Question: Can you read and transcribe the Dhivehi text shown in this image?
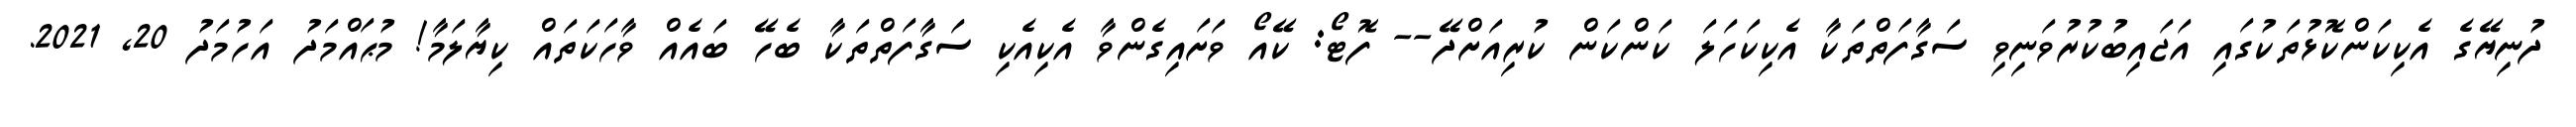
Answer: ދުނިޔޭގެ އެކިކަންކޮޅުތަކުގައި އަޖައިބުކުރުވަނިވި ސަގާފަތްތަކާ އެކިކަހަލަ ކަންކަން ކުރިއަށްދޭ-- ފޮޓޯ: ކޭއޯ ވަށައިގެންވާ އެކިއެކި ސަގާފަތްތަކާ ބެހޭ ބައެއް ވާހަކަތައް ކިޔާލަމާ! މުޙައްމަދު އަހުމަދު 20, 2021.